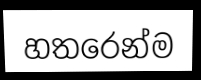
හතරෙන්ම